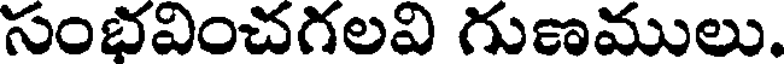
సంభవించగలవి గుణములు.